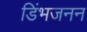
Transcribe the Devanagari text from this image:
डिंभजनन